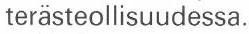
terästeollisuudessa.